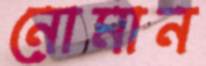
নোমান